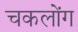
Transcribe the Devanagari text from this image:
चकलोंग